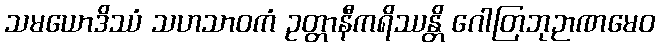
သမယောဒိဿံ သဟသာဝကံ ဥတ္တာနီကရိဿန္တိ ဂေါတြဘုဉာဏမေဝ